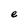
Character: e